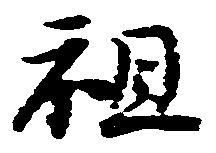
祖